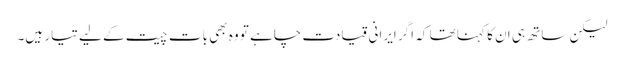
لیکن ساتھ ہی ان کا کہنا تھا کہ اگر ایرانی قیادت چاہے تو وہ بھی بات چیت کے لیے تیار ہیں۔